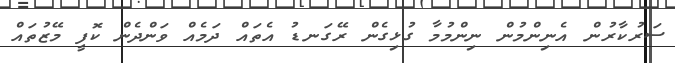
ސަރުކާރުން އެނިންމުން ނިންމުމާ ގުޅިގެން ރޭގަނޑު އެތައް ދަމެއް ވަންދެން ކޮފީ މޭޒުތައް